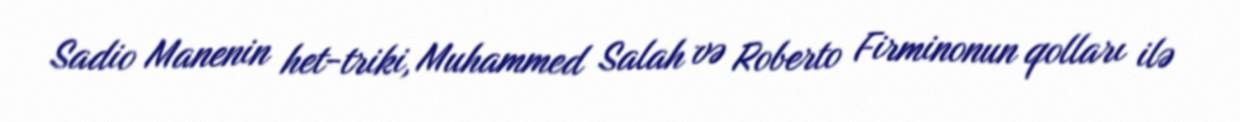
Sadio Manenin het-triki, Muhammed Salah və Roberto Firminonun qolları ilə